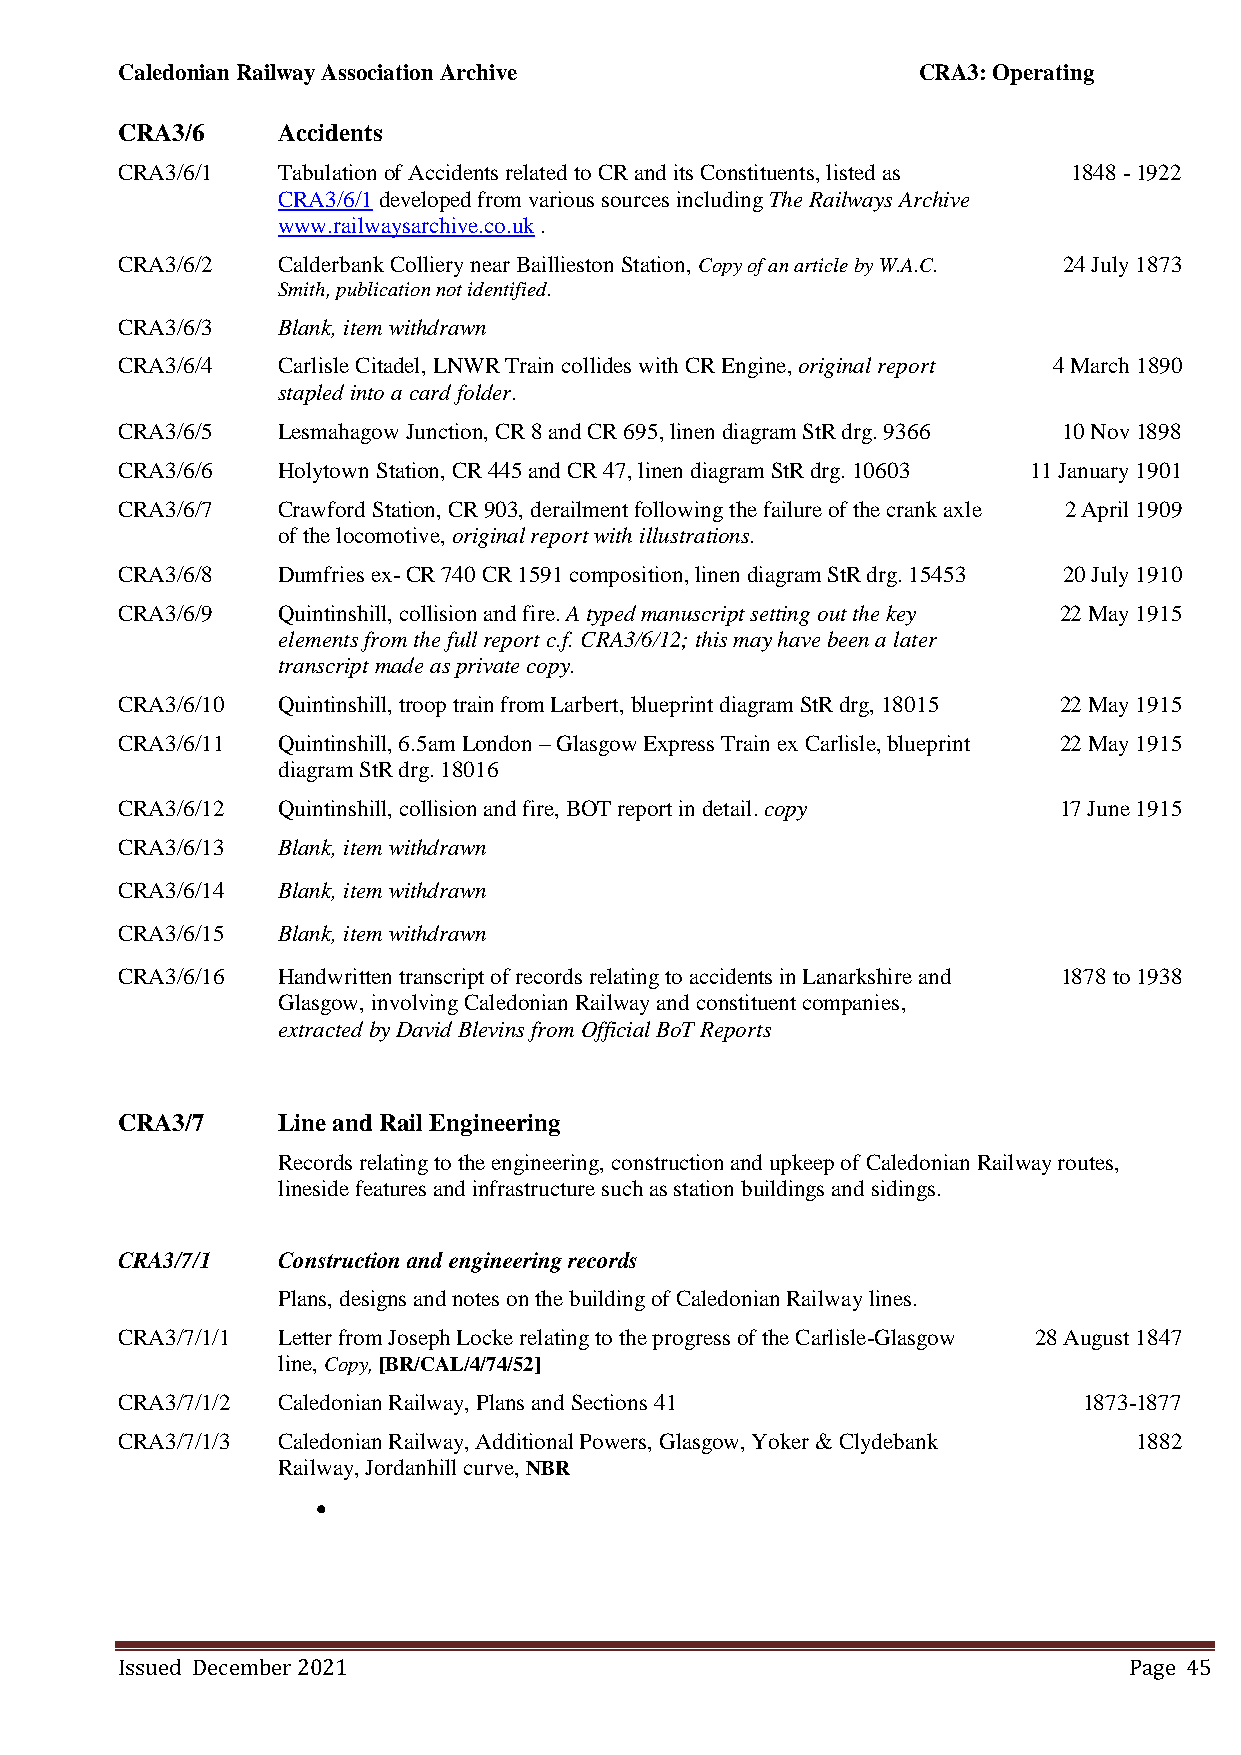
Caledonian Railway Association Archive               CRA3: Operating
 CRA3/6    Accidents
 CRA3/6/1  Tabulation of Accidents related to CR and its Constituents, listed as 1848 - 1922
 CRA3/6/1 developed from various sources including The Railways Archive
 www.railwaysarchive.co.uk .
 CRA3/6/2  Calderbank Colliery near Baillieston Station, Copy of an article by W.A.C. 24 July 1873
 Smith, publication not identified.
 CRA3/6/3  Blank, item withdrawn
 CRA3/6/4  Carlisle Citadel, LNWR Train collides with CR Engine, original report 4 March 1890
 stapled into a card folder.
 CRA3/6/5  Lesmahagow Junction, CR 8 and CR 695, linen diagram StR drg. 9366 10 Nov 1898
 CRA3/6/6  Holytown Station, CR 445 and CR 47, linen diagram StR drg. 10603 11 January 1901
 CRA3/6/7  Crawford Station, CR 903, derailment following the failure of the crank axle 2 April 1909
 of the locomotive, original report with illustrations.
 CRA3/6/8  Dumfries ex- CR 740 CR 1591 composition, linen diagram StR drg. 15453 20 July 1910
 CRA3/6/9  Quintinshill, collision and fire. A typed manuscript setting out the key 22 May 1915
 elements from the full report c.f. CRA3/6/12; this may have been a later
 transcript made as private copy.
 CRA3/6/10 Quintinshill, troop train from Larbert, blueprint diagram StR drg, 18015 22 May 1915
 CRA3/6/11 Quintinshill, 6.5am London – Glasgow Express Train ex Carlisle, blueprint 22 May 1915
 diagram StR drg. 18016
 CRA3/6/12 Quintinshill, collision and fire, BOT report in detail. copy 17 June 1915
 CRA3/6/13 Blank, item withdrawn
 CRA3/6/14 Blank, item withdrawn
 CRA3/6/15 Blank, item withdrawn
 CRA3/6/16 Handwritten transcript of records relating to accidents in Lanarkshire and 1878 to 1938
 Glasgow, involving Caledonian Railway and constituent companies,
 extracted by David Blevins from Official BoT Reports
 CRA3/7    Line and Rail Engineering
 Records relating to the engineering, construction and upkeep of Caledonian Railway routes,
 lineside features and infrastructure such as station buildings and sidings.
 CRA3/7/1  Construction and engineering records
 Plans, designs and notes on the building of Caledonian Railway lines.
 CRA3/7/1/1 Letter from Joseph Locke relating to the progress of the Carlisle-Glasgow 28 August 1847
 line, Copy, [BR/CAL/4/74/52]
 CRA3/7/1/2 Caledonian Railway, Plans and Sections 41            1873-1877
 CRA3/7/1/3 Caledonian Railway, Additional Powers, Glasgow, Yoker & Clydebank 1882
 Railway, Jordanhill curve, NBR
 
 Issued December 2021                                               Page 45